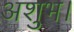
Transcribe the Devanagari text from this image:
अशुभ।